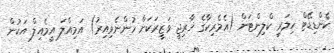
ކެންޑިޑޭޓް ހިލަރީ ކްލިންޓަން (އެމެރިކާގެ ޚާރިޖީ ވަޒީރަކަށް ހުންނެވިއިރު) އަމިއްލަ އީމެއިލް އަކުން